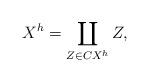
LaTeX: \begin{align*} X^{h}=\coprod_{Z\in CX^{h}} Z, \end{align*}